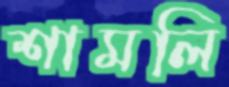
শামলি